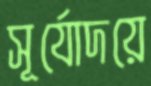
সূর্যোদয়ে